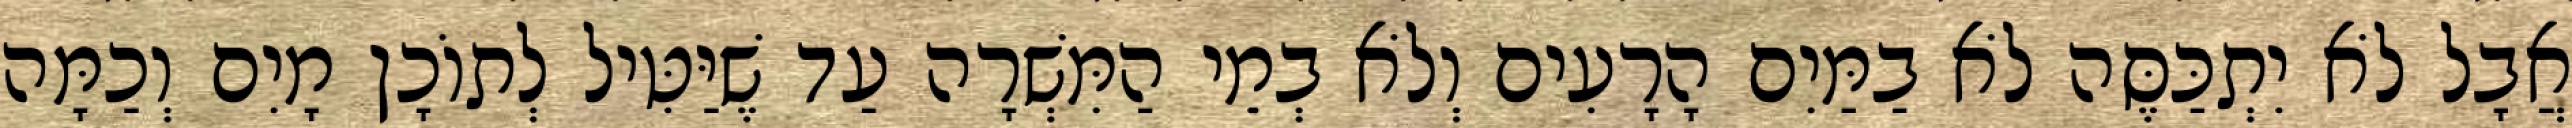
אֲבָל לֹא יִתְכַּסֶּה לֹא בַמַּיִם הָרָעִים וְלֹא בְמֵי הַמִּשְׁרָה עַד שֶׁיַּטִּיל לְתוֹכָן מָיִם וְכַמָּה